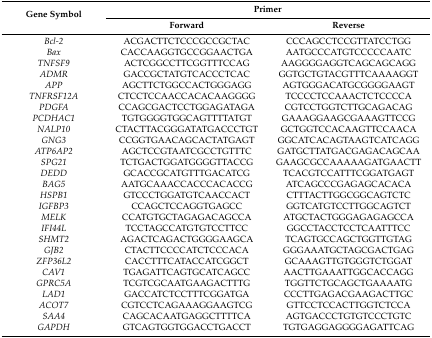
| <ROWSPAN=2> Gene Symbol | <COLSPAN=2> Primer |
 | Forward | Reverse |
 | --- | --- | --- |
 | Bcl-2 | ACGACTTCTCCCGCCGCTAC | CCCAGCCTCCGTTATCCTGG |
 | Bax | CACCAAGGTGCCGGAACTGA | AATGCCCATGTCCCCCAATC |
 | TNFSF9 | ACTCGGCCTTCGGTTTCCAG | AAGGGGAGGTCAGCAGCAGG |
 | ADMR | GACCGCTATGTCACCCTCAC | GGTGCTGTACGTTTCAAAAGGT |
 | APP | AGCTTCTGGCCACTGGGAGG | AGTGGGACATGCGGGGAAGT |
 | TNFRSF12A | CTCCTCCAACCACACAAGGGG | TCCCCTCCAAACTCTCCCCA |
 | PDGFA | CCAGCGACTCCTGGAGATAGA | CGTCCTGGTCTTGCAGACAG |
 | PCDHAC1 | TGTGGGGTGGCAGTTTTATGT | GAAAGGAAGCGAAAGTTCCG |
 | NALP10 | CTACTTACGGGATATGACCCTGT | GCTGGTCCACAAGTTCCAACA |
 | GNG3 | CCGGTGAACAGCACTATGAGT | GGCATCACAGTAAGTCATCAGG |
 | ATP6AP2 | AGCTCCGTAATCGCCTGTTTC | GATGCTTATGACGAGACAGCAA |
 | SPG21 | TCTGACTGGATGGGGTTACCG | GAAGCGCCAAAAAGATGAACTT |
 | DEDD | GCACCGCATGTTTGACATCG | TCACGTCCATTTCGGATGAGT |
 | BAG5 | AATGCAAACCACCCACACCG | ATCAGCCCGAGAGCACACA |
 | HSPB1 | GTCCCTGGATGTCAACCACT | CTTTACTTGGCGGCAGTCTC |
 | IGFBP3 | CCAGCTCCAGGTGAGCC | GGTCATGTCCTTGGCAGTCT |
 | MELK | CCATGTGCTAGAGACAGCCA | ATGCTACTGGGAGAGAGCCA |
 | IFI44L | TCCTAGCCATGTGTCCTTCC | GGCCTACCTCCTCAATTTCC |
 | SHMT2 | AGACTCAGACTGGGGAAGCA | TCAGTGCCAGCTGGTTGTAG |
 | GJB2 | CTACTTCCCCATCTCCCACA | GGGAAATGCTAGCGACTGAG |
 | ZFP36L2 | CACCTTTCATACCATCGGCT | GCAAAGTTGTGGGTCTGGAT |
 | CAV1 | TGAGATTCAGTGCATCAGCC | AACTTGAAATTGGCACCAGG |
 | GPRC5A | TCGTCGCAATGAAGACTTTG | TGGTTCTGCAGCTGAAAATG |
 | LAD1 | GACCATCTCCTTTCGGATGA | CCCTTGAGACGAAGACTTGC |
 | ACOT7 | CGTCCTCAGAAAGGAAGTCG | GTTCCTCCACTTGGTCTCCA |
 | SAA4 | CAGCACAATGAGGCTTTTCA | AGTGACCCTGTGTCCCTGTC |
 | GAPDH | GTCAGTGGTGGACCTGACCT | TGTGAGGAGGGGAGATTCAG |